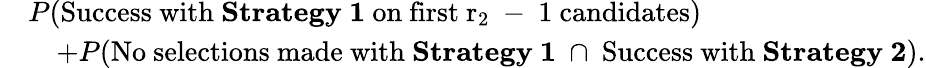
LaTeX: \begin{array}{rl}&{P(\mathrm{Success~with~\textbf{Strategy~1}~on~first~r_2~-~1~candidates})}\\ &{\quad+P(\mathrm{No~selections~made~with~\textbf{Strategy~1}~}\cap\mathrm{~Success~with~\textbf{Strategy~2}}).}\end{array}